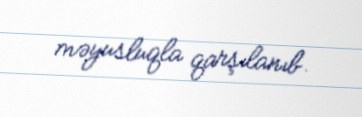
məyusluqla qarşılanıb.